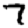
Digit: 7